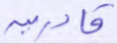
قادرين